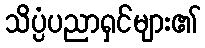
သိပ္ပံပညာရှင်များ၏